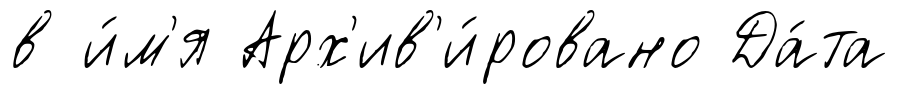
в и́м'я Арх'ив'и́ровано Да́та